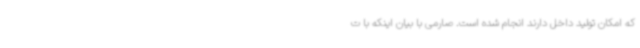
که امکان تولید داخل دارند انجام شده است. صارمی با بیان اینکه با ت